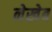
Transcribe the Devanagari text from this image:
नेखेब